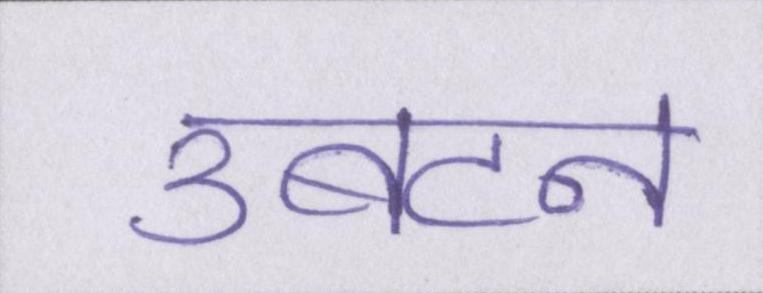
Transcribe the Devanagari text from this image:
उबटन